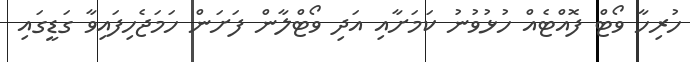
ހުރިހާ ވޯޓް ފޮއްޓެއް ހުޅުވުނު ކަމަށާއި އަދި ވޯޓްލާން ފަށަން ހަމަޖެހިފައިވާ ގަޑީގައި